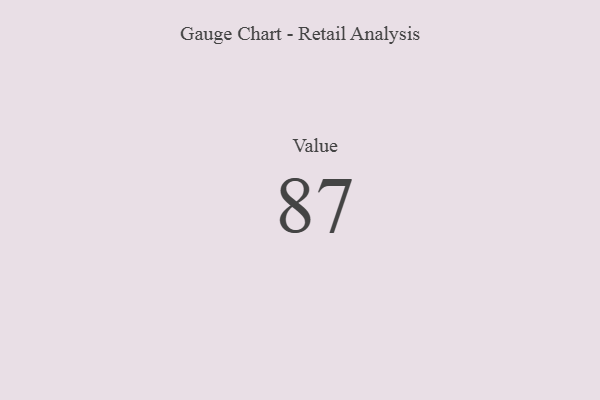
{"axis": {"x": "Metric", "y": "Value"}, "legend": [""], "data": [{"x": "Value", "y": 87, "type": ""}]}